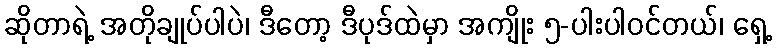
ဆိုတာရဲ့ အတိုချုပ်ပါပဲ၊ ဒီတော့ ဒီပုဒ်ထဲမှာ အကျိုး ၅-ပါးပါဝင်တယ်၊ ရှေ့